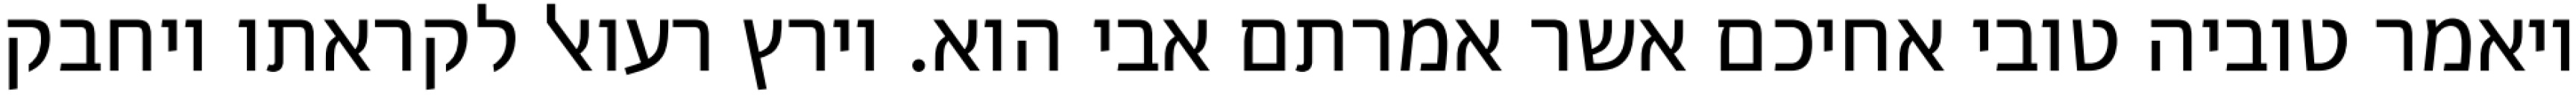
ויאמר טוביה טובי אחיכם אשר אמרתם אבי הוא. וירץ רעואל לקראתו ויחבק